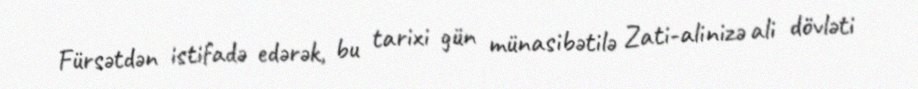
Fürsətdən istifadə edərək, bu tarixi gün münasibətilə Zati-alinizə ali dövləti